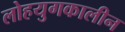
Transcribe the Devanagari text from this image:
लोहयुगकालीन